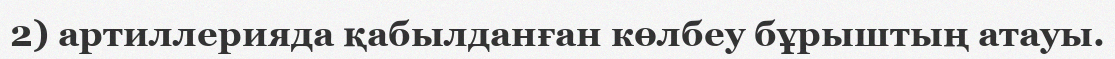
2) артиллерияда қабылданған көлбеу бұрыштың атауы.